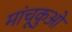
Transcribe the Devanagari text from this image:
मांचूकुओ